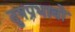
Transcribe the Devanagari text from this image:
दुषप्रभावो